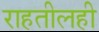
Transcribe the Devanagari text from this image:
राहतीलही